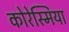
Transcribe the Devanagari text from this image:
कोरेस्मिया